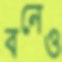
বনেও